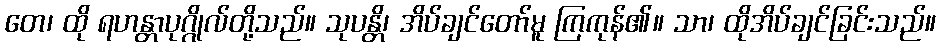
တေ၊ ထို ရဟန္တာပုဂ္ဂိုလ်တို့သည်။ သုပန္တိ၊ အိပ်ချင်တော်မူ ကြကုန်၏။ သာ၊ ထိုအိပ်ချင်ခြင်းသည်။